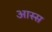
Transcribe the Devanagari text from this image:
आस्स